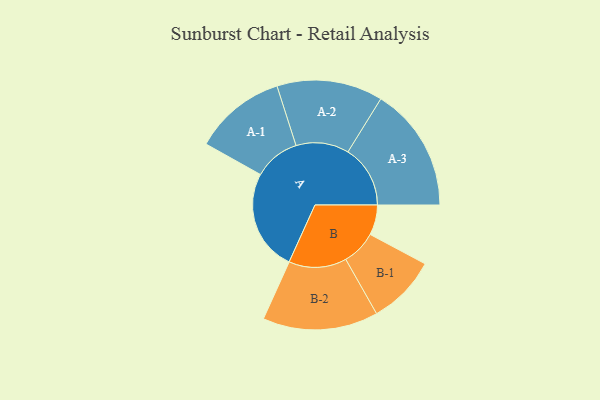
{"axis": {"x": "Segment", "y": "Value"}, "legend": ["", "A", "B"], "data": [{"x": "A", "y": 469, "type": ""}, {"x": "B", "y": 139, "type": ""}, {"x": "A-1", "y": 213, "type": "A"}, {"x": "A-2", "y": 245, "type": "A"}, {"x": "A-3", "y": 288, "type": "A"}, {"x": "B-1", "y": 160, "type": "B"}, {"x": "B-2", "y": 267, "type": "B"}]}